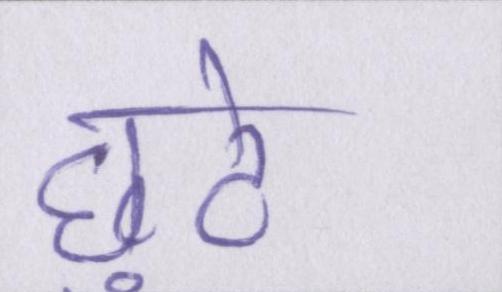
छुटे